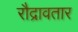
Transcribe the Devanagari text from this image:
रौद्रावतार